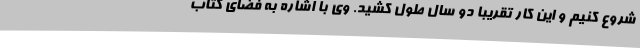
شروع کنیم و این کار تقریباً دو سال طول کشید. وی با اشاره به فضای کتاب